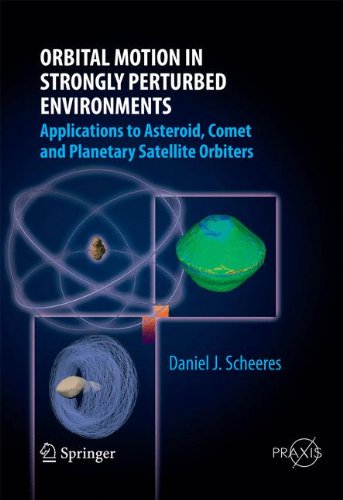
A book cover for Orbital Motion in Strongly Perturbed Environments: Applications to Asteroid, Comet and Planetary Satellite Orbiters (Springer Praxis Books); Daniel J. Scheeres; Science & Math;